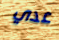
عدي